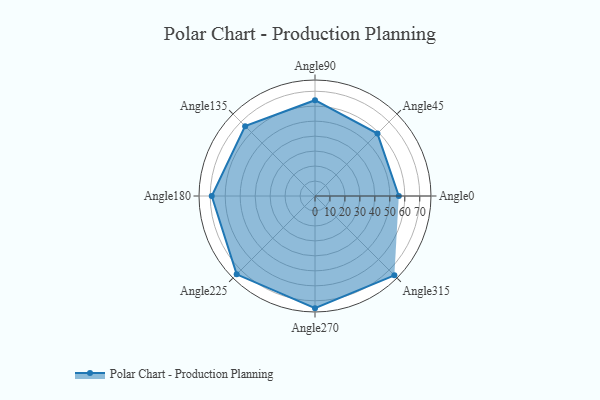
{"axis": {"x": "Angle", "y": "Radius"}, "legend": [""], "data": [{"x": "Angle0", "y": 56.0, "type": ""}, {"x": "Angle45", "y": 59.0, "type": ""}, {"x": "Angle90", "y": 64.0, "type": ""}, {"x": "Angle135", "y": 66.0, "type": ""}, {"x": "Angle180", "y": 69.0, "type": ""}, {"x": "Angle225", "y": 74.0, "type": ""}, {"x": "Angle270", "y": 75.0, "type": ""}, {"x": "Angle315", "y": 75.0, "type": ""}]}